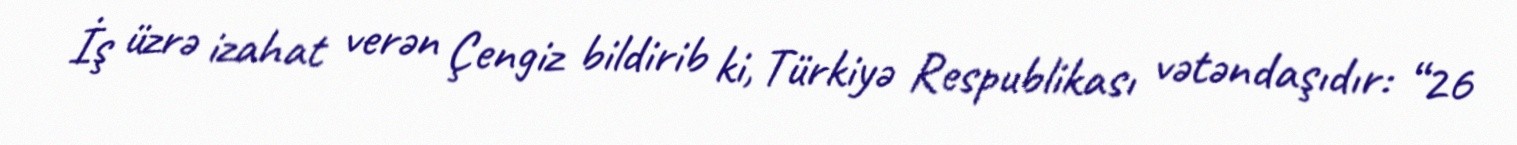
İş üzrə izahat verən Çengiz bildirib ki, Türkiyə Respublikası vətəndaşıdır: “26